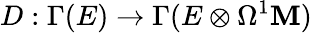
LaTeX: D:\Gamma(E)\rightarrow\Gamma(E\otimes\Omega^{1}\mathbf{M})